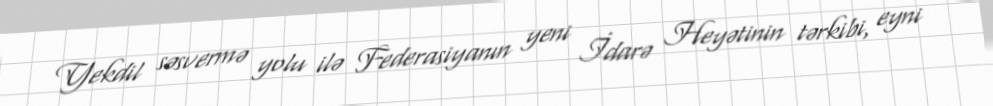
Yekdil səsvermə yolu ilə Federasiyanın yeni İdarə Heyətinin tərkibi, eyni